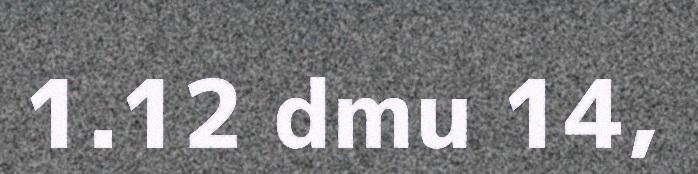
1.12 dmu 14,